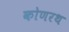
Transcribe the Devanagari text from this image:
कोणरथ